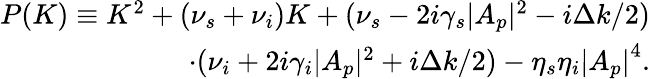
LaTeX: \begin{array}{r}{P(K)\equiv K^{2}+(\nu_{s}+\nu_{i})K+(\nu_{s}-2i\gamma_{s}|A_{p}|^{2}-i\Delta k/2)}\\ {\cdot(\nu_{i}+2i\gamma_{i}|A_{p}|^{2}+i\Delta k/2)-\eta_{s}\eta_{i}\left|A_{p}\right|^{4}.}\end{array}